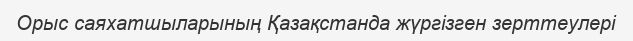
Орыс саяхатшыларының Қазақстанда жүргізген зерттеулері